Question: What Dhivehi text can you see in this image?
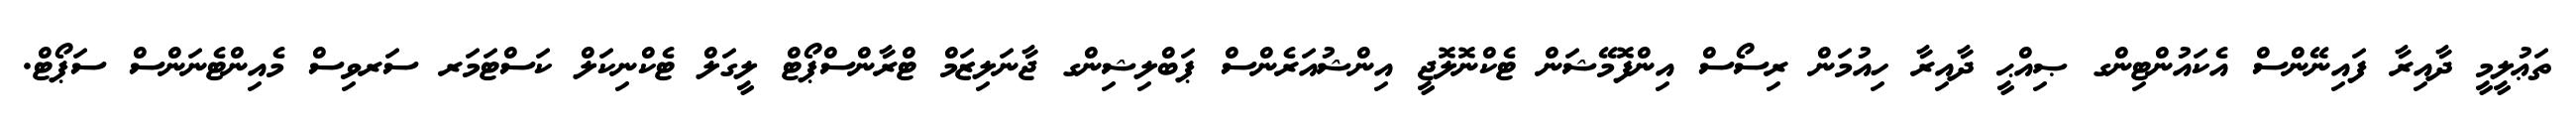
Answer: ތަޢުލީމީ ދާއިރާ ފައިނޭންސް އެކައުންޓިންގ ޞިއްޙީ ދާއިރާ ހިއުމަން ރިސޯސް އިންފޮމޭޝަން ޓެކްނޮލޮޖީ އިންޝުއަރެންސް ޕަބްލިޝިންގ ޖާނަލިޒަމް ޓްރާންސްޕޯޓް ލީގަލް ޓެކްނިކަލް ކަސްޓަމަރ ސަރވިސް މެއިންޓެނަންސް ސަޕޯޓް.